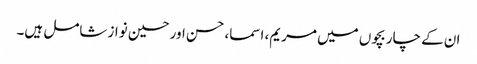
ان کے چار بچوں میں مریم، اسما، حسن اور حسین نواز شامل ہیں۔